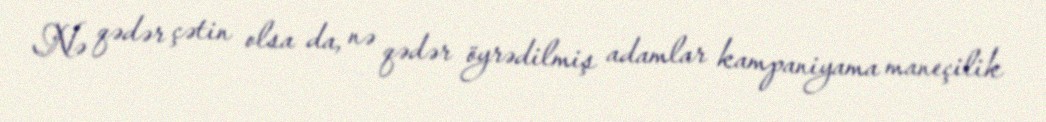
Nə qədər çətin olsa da, nə qədər öyrədilmiş adamlar kampaniyama maneçilik